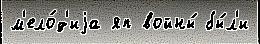
м'ело́д'иjа яп войны́ бы́л'и